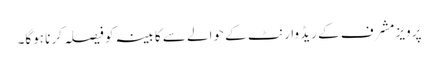
پرویز مشرف کے ریڈ وارنٹ کے حوالے سے کابینہ کو فیصلہ کرنا ہوگا۔